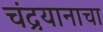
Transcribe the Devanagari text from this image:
चंद्रयानाचा